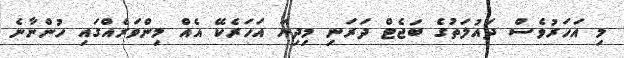
މި އަހަރުވެސް ދައުލަތުގެ ބަޖެޓް ދަރަނި މިދިޔަ އަހަރެކޭ އެއް މިންވަރެއްގައި ހުންނާނެ